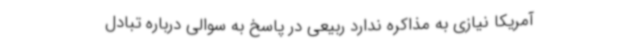
آمریکا نیازی به مذاکره ندارد ربیعی در پاسخ به سوالی درباره تبادل